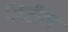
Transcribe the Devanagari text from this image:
लिटील